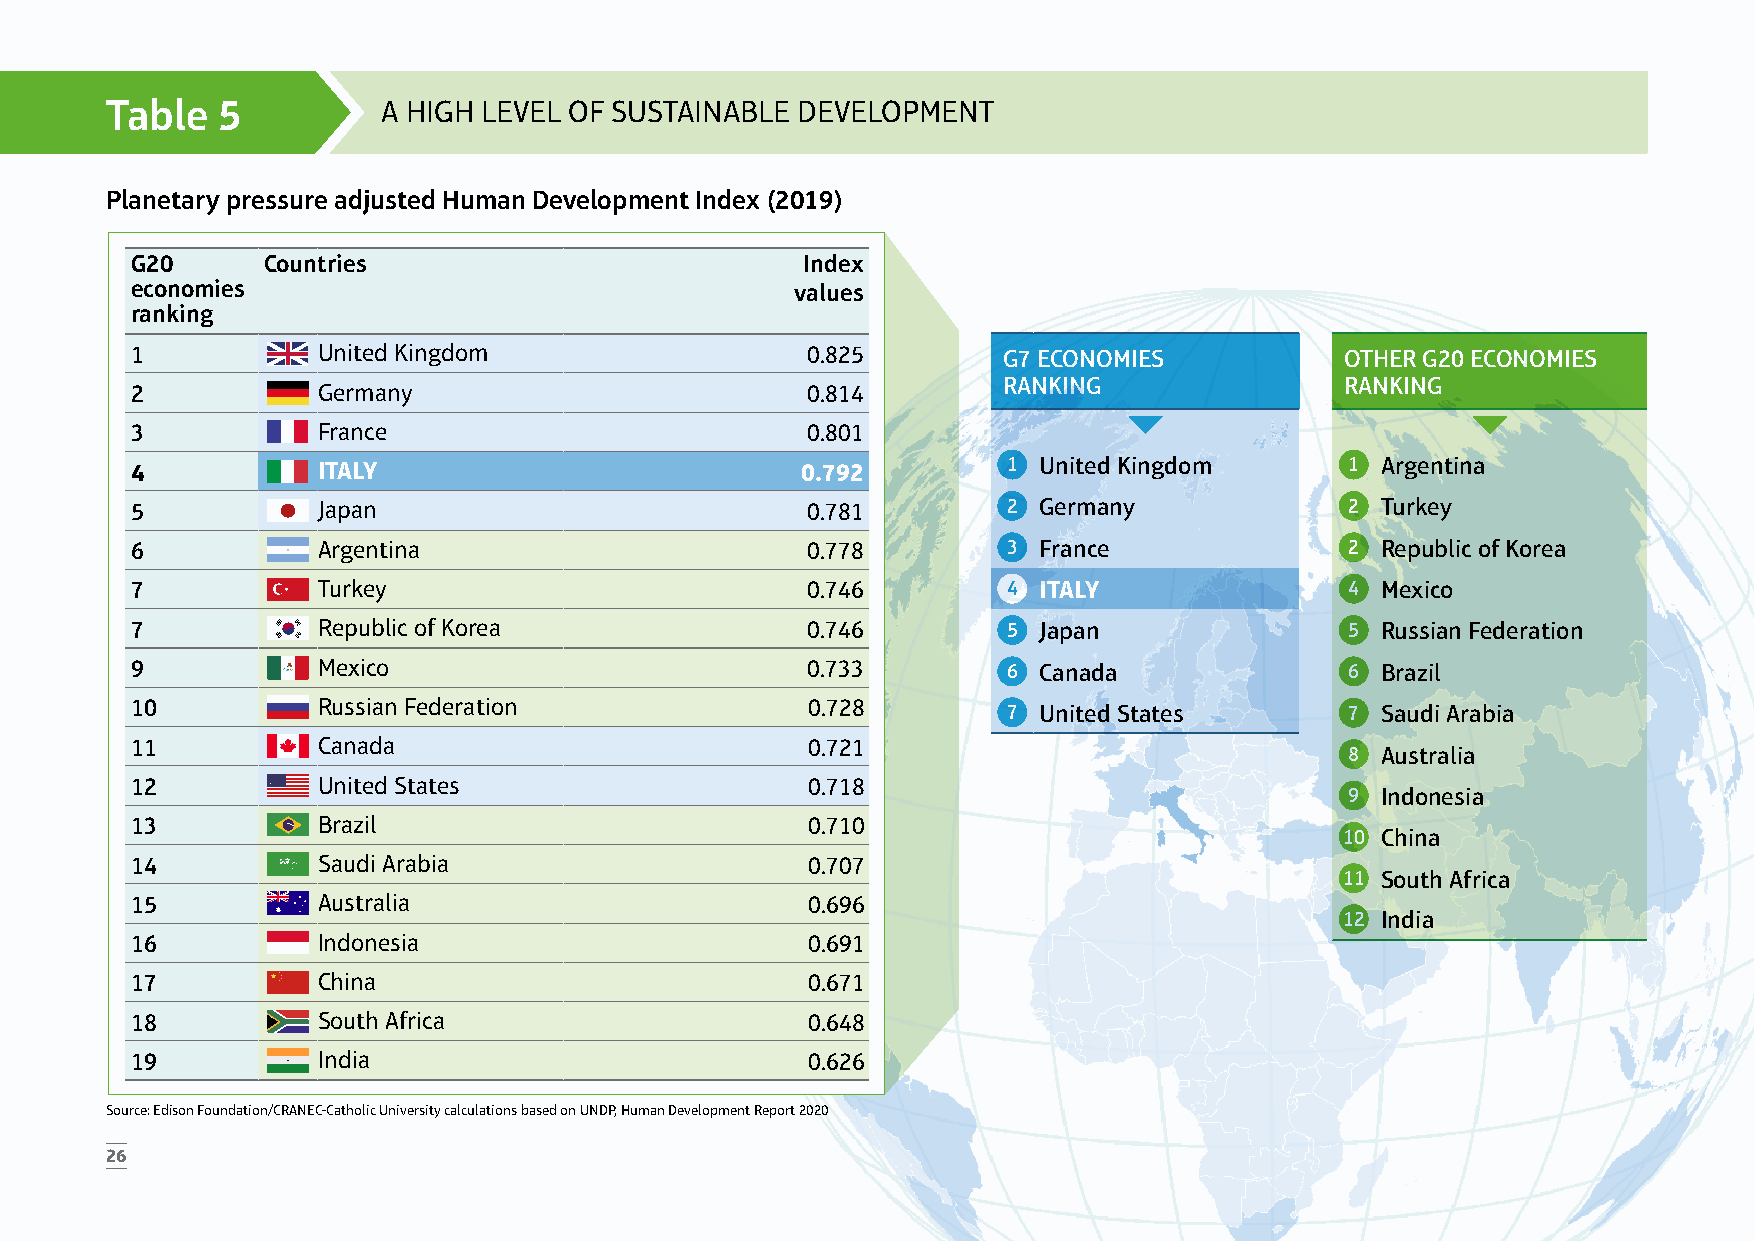
Table  5          A HIGH LEVEL OF SUSTAINABLE DEVELOPMENT
 Planetary pressure adjusted Human Development Index (2019)
 G20     Countries                           Index
 economies                                   values
 ranking
 1           United Kingdom                  0.825        G7 ECONOMIES           OTHER G20 ECONOMIES
 RANKING                RANKING
 2           Germany                         0.814
 3           France                          0.801
 4           ITALY                           0.792         1 United Kingdom      1 Argentina
 5           Japan                           0.781         2 Germany             2 Turkey
 6           Argentina                       0.778         3 France              2 Republic of Korea
 7           Turkey                          0.746         4 ITALY               4 Mexico
 7           Republic of Korea               0.746         5 Japan               5 Russian Federation
 9           Mexico                          0.733         6 Canada              6 Brazil
 10          Russian Federation               0.728        7 United States       7 Saudi Arabia
 11          Canada                           0.721
 8 Australia
 12          United States                    0.718
 9 Indonesia
 13          Brazil                           0.710
 10 China
 14          Saudi Arabia                     0.707
 11 South Africa
 15          Australia                        0.696
 12 India
 16          Indonesia                        0.691
 17          China                            0.671
 18          South Africa                     0.648
 19          India                            0.626
 Source: Edison Foundation/CRANEC-Catholic University calculations based on UNDP, Human Development Report 2020
 26